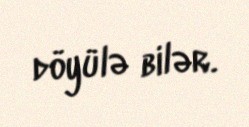
döyülə bilər.